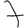
Digit: 7